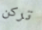
تركن